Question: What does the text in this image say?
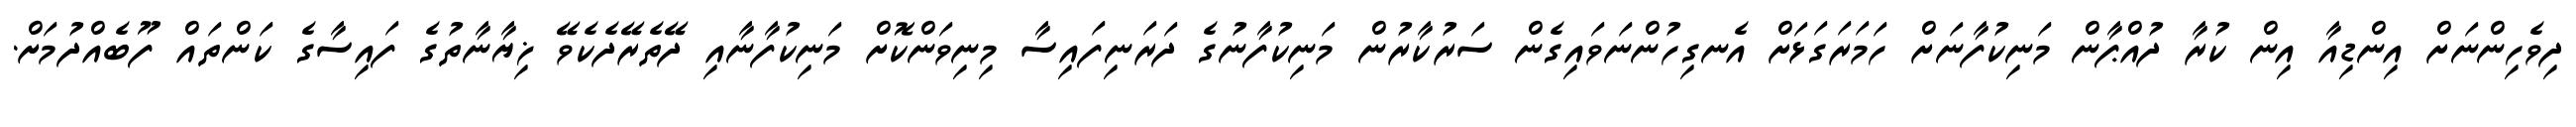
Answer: ދިވެހިންނަށް އިންޑިއާ އިން ކުރާ ދުއްޕާން މަނިކުފާނަށް ހަމަރަގަޅަށް އެނގިހުންނަވައިގެން ސަރުކާރުން މަނިކުފާނުގެ ދަރަނިފައިސާ މިނިވަންކޮށް މަނިކުފާނާއި ދޭތެރޭދެކެވޭ ޚިޔާނާތުގެ ފައިސާގެ ކަންތައް ފޫބެއްދުމަށް.